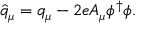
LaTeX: \hat { q } _ { \mu } = { q } _ { \mu } - 2 e A _ { \mu } \phi ^ { \dagger } \phi .